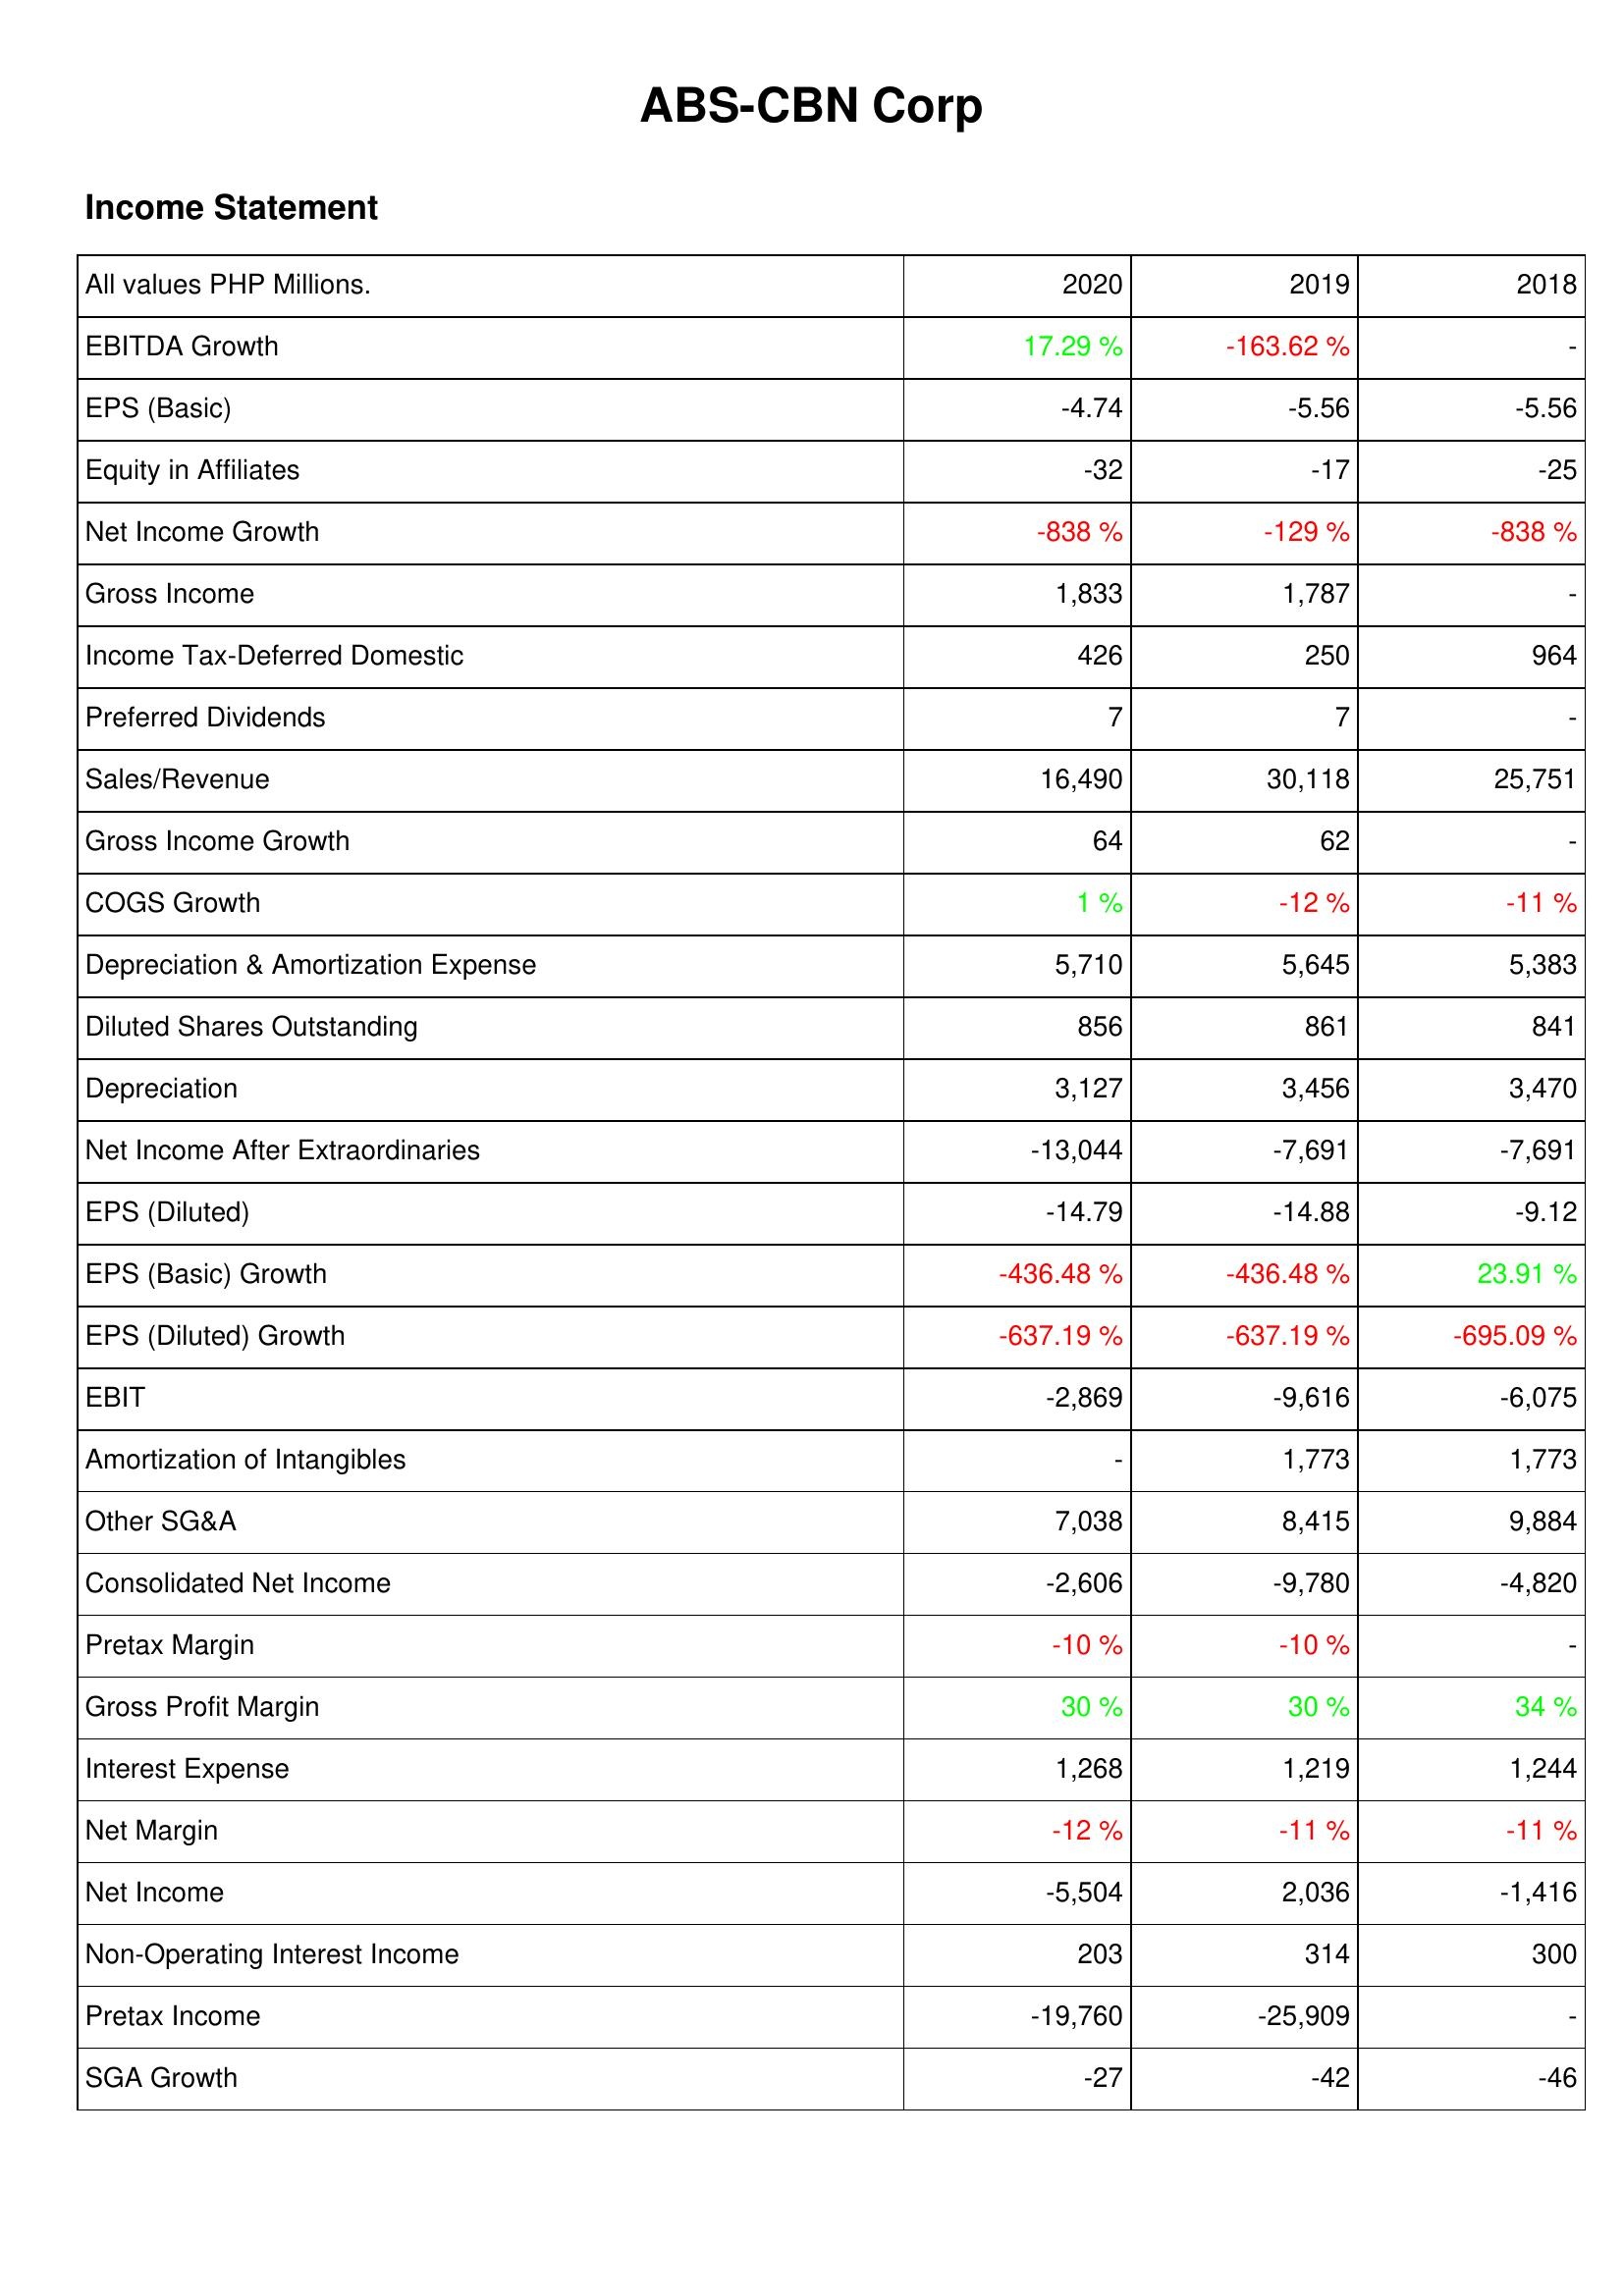
2020: Income Statement: EBITDA Growth: 17.29 %
EPS (Basic): -4.74
Equity in Affiliates: -32
Net Income Growth: -838 %
Gross Income: 1,833
Income Tax-Deferred Domestic: 426
Preferred Dividends: 7
Sales/Revenue: 16,490
Gross Income Growth: 64
COGS Growth: 1 %
Depreciation & Amortization Expense: 5,710
Diluted Shares Outstanding: 856
Depreciation: 3,127
Net Income After Extraordinaries: -13,044
EPS (Diluted): -14.79
EPS (Basic) Growth: -436.48 %
EPS (Diluted) Growth: -637.19 %
EBIT: -2,869
Amortization of Intangibles: -
Other SG&A: 7,038
Consolidated Net Income: -2,606
Pretax Margin: -10 %
Gross Profit Margin: 30 %
Interest Expense: 1,268
Net Margin: -12 %
Net Income: -5,504
Non-Operating Interest Income: 203
Pretax Income: -19,760
SGA Growth: -27
2019: Income Statement: EBITDA Growth: -163.62 %
EPS (Basic): -5.56
Equity in Affiliates: -17
Net Income Growth: -129 %
Gross Income: 1,787
Income Tax-Deferred Domestic: 250
Preferred Dividends: 7
Sales/Revenue: 30,118
Gross Income Growth: 62
COGS Growth: -12 %
Depreciation & Amortization Expense: 5,645
Diluted Shares Outstanding: 861
Depreciation: 3,456
Net Income After Extraordinaries: -7,691
EPS (Diluted): -14.88
EPS (Basic) Growth: -436.48 %
EPS (Diluted) Growth: -637.19 %
EBIT: -9,616
Amortization of Intangibles: 1,773
Other SG&A: 8,415
Consolidated Net Income: -9,780
Pretax Margin: -10 %
Gross Profit Margin: 30 %
Interest Expense: 1,219
Net Margin: -11 %
Net Income: 2,036
Non-Operating Interest Income: 314
Pretax Income: -25,909
SGA Growth: -42
2018: Income Statement: EBITDA Growth: -
EPS (Basic): -5.56
Equity in Affiliates: -25
Net Income Growth: -838 %
Gross Income: -
Income Tax-Deferred Domestic: 964
Preferred Dividends: -
Sales/Revenue: 25,751
Gross Income Growth: -
COGS Growth: -11 %
Depreciation & Amortization Expense: 5,383
Diluted Shares Outstanding: 841
Depreciation: 3,470
Net Income After Extraordinaries: -7,691
EPS (Diluted): -9.12
EPS (Basic) Growth: 23.91 %
EPS (Diluted) Growth: -695.09 %
EBIT: -6,075
Amortization of Intangibles: 1,773
Other SG&A: 9,884
Consolidated Net Income: -4,820
Pretax Margin: -
Gross Profit Margin: 34 %
Interest Expense: 1,244
Net Margin: -11 %
Net Income: -1,416
Non-Operating Interest Income: 300
Pretax Income: -
SGA Growth: -46